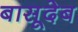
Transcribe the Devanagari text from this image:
बासूदेब